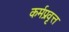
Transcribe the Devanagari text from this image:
कर्मप्रवृत्त